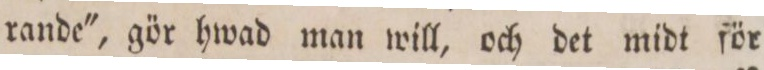
rande', gör hwad man will, och det midt för